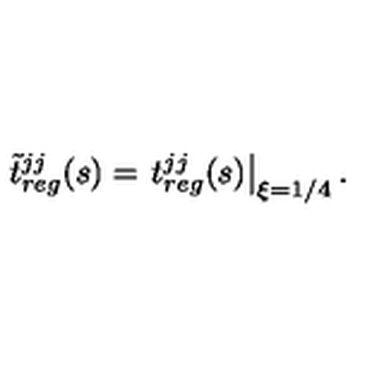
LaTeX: { \tilde { t } } { } _ { r e g } ^ { j j } ( s ) = \left. t { } _ { r e g } ^ { j j } ( s ) \right| _ { \xi = 1 / 4 } .